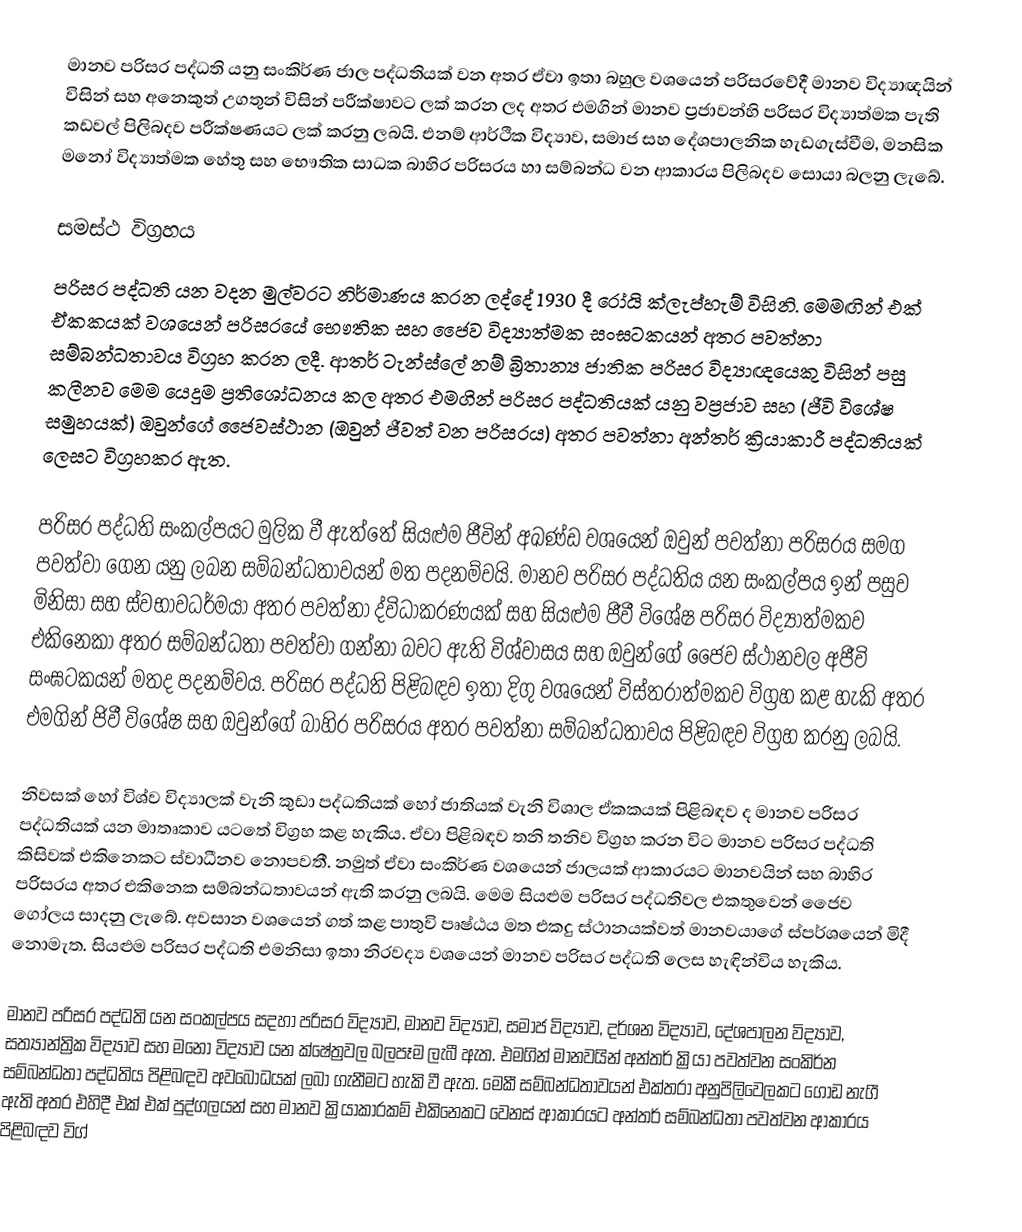
මානව පරිසර පද්ධති යනු සංකිර්ණ ජාල පද්ධතියක් වන අතර ඒවා ඉතා බහුල වශයෙන් පරිසරවේදී මානව විද්‍යාඥයින් විසින් සහ අනෙකුත් උගතුන් විසින් පරීක්ෂාවට ලක් කරන ලද අතර එමගින් මානව ප්‍රජාවන්හි පරිසර විද්‍යාත්මක පැති කඩවල් පිලිබදව පරීක්ෂණයට ලක් කරනු ලබයි. එනම් ආර්ථික විද්‍යාව, සමාජ සහ දේශපාලනික හැඩගැස්වීම, මනසික මනෝ විද්‍යාත්මක හේතු සහ භෞතික සාධක බාහිර පරිසරය හා සම්බන්ධ වන ආකාරය පිලිබදව සොයා බලනු ලැබේ.

සමස්ථ විග්‍රහය
පරිසර පද්ධති යන වදන මුල්වරට නිර්මාණය කරන ලද්දේ 1930 දී රෝයි ක්ලැප්හැම් විසිනි. මෙමඟින් එක් ඒකකයක් වශයෙන් පරිසරයේ භෞතික සහ ජෛව විද්‍යාත්මක සංඝටකයන් අතර පවත්නා සම්බන්ධතාවය විග්‍රහ කරන ලදී. ආතර් ටැන්ස්ලේ නම් බ්‍රිතාන්‍ය ජාතික පරිසර විද්‍යාඥයෙකු විසින් පසු කලීනව මෙම යෙදුම ප්‍රතිශෝධනය කල අතර එමගින් පරිසර පද්ධතියක් යනු වප්‍රජාව සහ (ජීවි විශේෂ සමුහයක්) ඔවුන්ගේ ජෛවස්ථාන (ඔවුන් ජීවත් වන පරිසරය) අතර පවත්නා අන්තර් ක්‍රියාකාරී පද්ධතියක් ලෙසට විග්‍රහකර ඇත.

පරිසර පද්ධති සංකල්පයට මුලික වී ඇත්තේ සියළුම ජීවින් අඛණ්ඩ වශයෙන් ඔවුන් පවත්නා පරිසරය සමග පවත්වා ගෙන යනු ලබන සම්බන්ධතාවයන් මත පදනම්වයි. මානව පරිසර පද්ධතිය යන සංකල්පය ඉන් පසුව මිනිසා සහ ස්වභාවධර්මයා අතර පවත්නා ද්විධාකරණයක් සහ සියළුම ජීවී විශේෂ පරිසර විද්‍යාත්මකව එකිනෙකා අතර සම්බන්ධතා පවත්වා ගන්නා බවට ඇති විශ්වාසය සහ ඔවුන්ගේ ජෛව ස්ථානවල අජීවි සංඝටකයන් මතද පදනම්වය. පරිසර පද්ධති පිළිබඳව ඉතා දිගු වශයෙන් විස්තරාත්මකව විග්‍රහ කළ හැකි අතර එමගින් ජිවී විශේෂ සහ ඔවුන්ගේ බාහිර පරිසරය අතර පවත්නා සම්බන්ධතාවය පිළිබඳව විග්‍රහ කරනු ලබයි.

නිවසක් හෝ විශ්ව විද්‍යාලක් වැනි කුඩා පද්ධතියක් හෝ ජාතියක් වැනි විශාල ඒකකයක් පිළිබඳව ද මානව පරිසර පද්ධතියක් යන මාතෘකාව යටතේ විග්‍රහ කළ හැකිය. ඒවා පිළිබඳව තනි තනිව විග්‍රහ කරන විට මානව පරිසර පද්ධති කිසිවක් එකිනෙකට ස්වාධීනව නොපවතී. නමුත් ඒවා සංකිර්ණ වශයෙන් ජාලයක් ආකාරයට මානවයින් සහ බාහිර පරිසරය අතර එකිනෙක සම්බන්ධතාවයන් ඇති කරනු ලබයි. මෙම සියළුම පරිසර පද්ධතිවල එකතුවෙන් ජෛව ගෝලය සාදනු ලැබේ. අවසාන වශයෙන් ගත් කළ පාතුවි පෘෂ්ඨය මත එකදු ස්ථානයක්වත් මානවයාගේ ස්පර්ශයෙන් මිදී නොමැත. සියළුම පරිසර පද්ධති එමනිසා ඉතා නිරවද්‍ය වශයෙන් මානව පරිසර පද්ධති ලෙස හැඳින්විය හැකිය.

මානව පරිසර පද්ධති යන සංකල්පය සදහා පරිසර විද්‍යාව, මානව විද්‍යාව, සමාජ විද්‍යාව, දර්ශන විද්‍යාව, දේශපාලන විද්‍යාව, සත්‍යාන්ත්‍රික විද්‍යාව සහ මනෝ විද්‍යාව යන ක්ෂේත්‍රවල බලපෑම ලැබී ඇත. එමගින් මානවයින් අන්තර් ක්‍රියා පවත්වන සංකිර්න සම්බන්ධතා පද්ධතිය පිළිබඳව  අවබෝධයක් ලබා ගැනීමට හැකි වී ඇත. මෙකී සම්බන්ධතාවයන් එක්තරා අනුපිලිවෙලකට ගොඩ නැගී ඇති අතර එහිදී එක් එක් පුද්ගලයන් සහ මානව ක්‍රියාකාරකම් එකිනෙකට වෙනස් ආකාරයට අන්තර් සම්බන්ධතා පවත්වන ආකාරය පිළිබඳව විග්